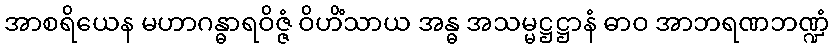
အာစရိယေန မဟာဂန္ဓာရဝိဇ္ဇံ ဝိဟိံသာယ အန္ဓ အသမ္မဋ္ဌဋ္ဌာနံ ဓာဝ အာဘရဏဘဏ္ဍံ